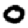
Digit: 0